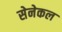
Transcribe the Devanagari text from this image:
सेनेकल